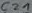
Text: c21